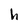
Character: h